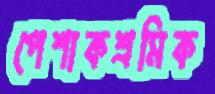
পেশাকশ্রমিক